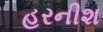
હરનીશ